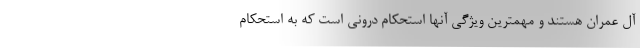
آل عمران هستند و مهمترین ویژگی آنها استحکام درونی است که به استحکام